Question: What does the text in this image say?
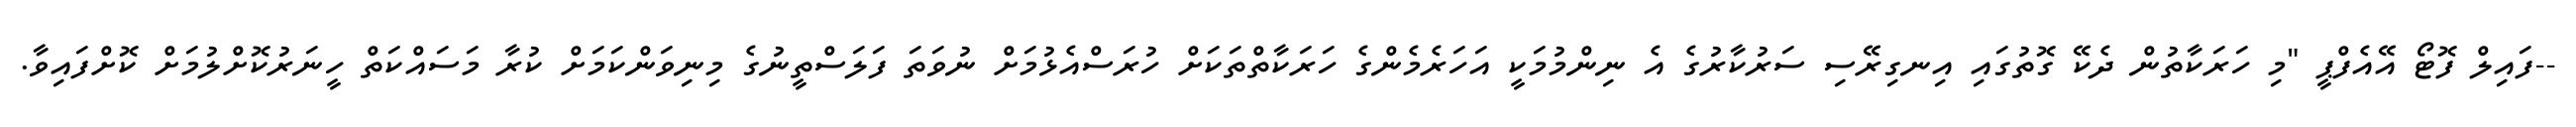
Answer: --ފައިލް ފޮޓޯ އޭއެފްޕީ "މި ހަރަކާތުން ދެކޭ ގޮތުގައި އިނގިރޭސި ސަރުކާރުގެ އެ ނިންމުމަކީ އަހަރެމެންގެ ހަރަކާތްތަކަށް ހުރަސްއެޅުމަށް ނުވަތަ ފަލަސްތީނުގެ މިނިވަންކަމަށް ކުރާ މަސައްކަތް ހީނަރުކޮށްލުމަށް ކޮށްފައިވާ.